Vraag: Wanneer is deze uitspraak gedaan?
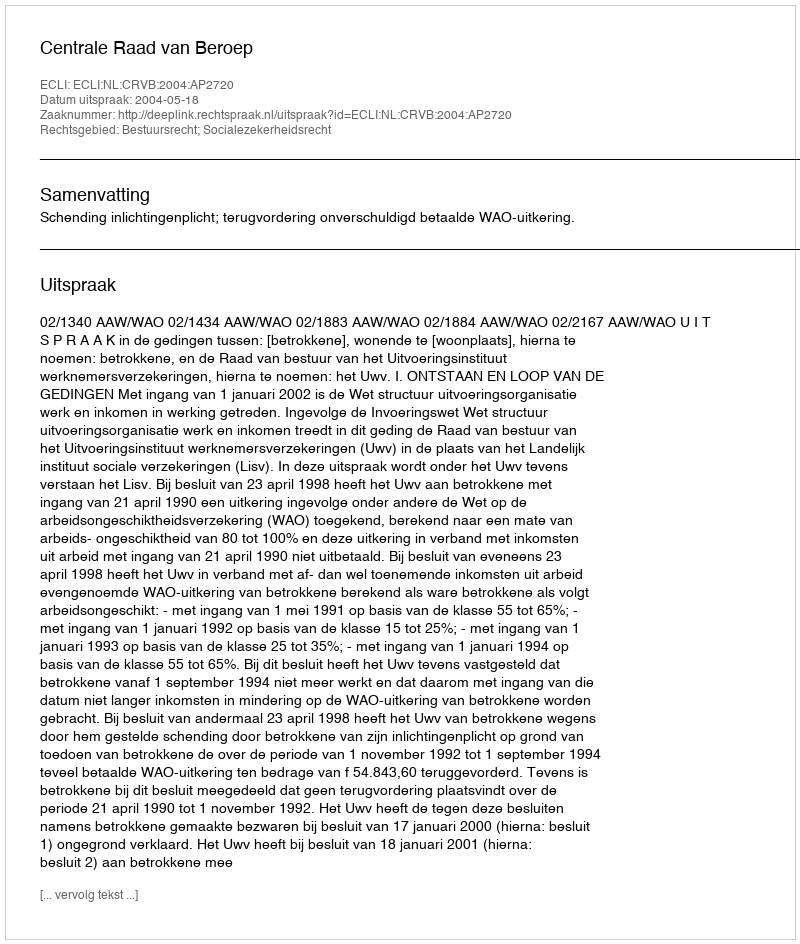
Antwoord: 2004-05-18